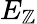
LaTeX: E_{\mathbb{Z}}